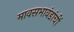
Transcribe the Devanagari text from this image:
मावसभावंडांचीं